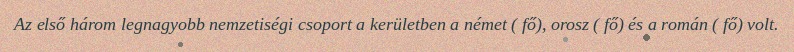
Az első három legnagyobb nemzetiségi csoport a kerületben a német ( fő), orosz ( fő) és a román ( fő) volt.